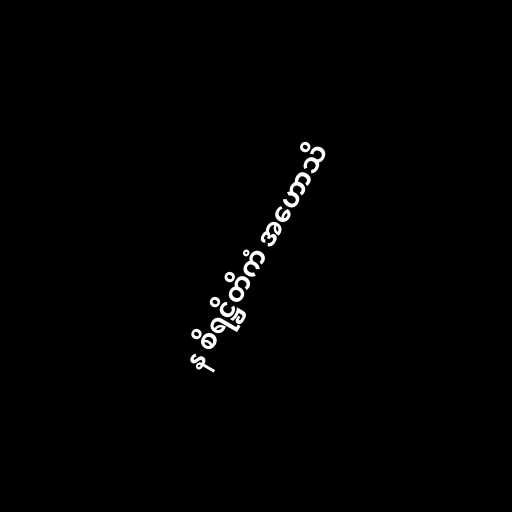
န စိရဋ္ဌိတိကံ အဟောသိ